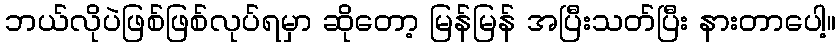
ဘယ်လိုပဲဖြစ်ဖြစ်လုပ်ရမှာ ဆိုတော့ မြန်မြန် အပြီးသတ်ပြီး နားတာပေါ့။